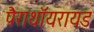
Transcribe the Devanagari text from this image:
पैराथॉयरायड